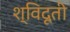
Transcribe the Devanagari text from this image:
श्विदूती